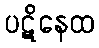
ပဋိနေထ